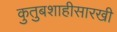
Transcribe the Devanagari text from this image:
कुतुबशाहीसारखी